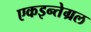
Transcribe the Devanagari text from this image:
एकइन्तेग्रल